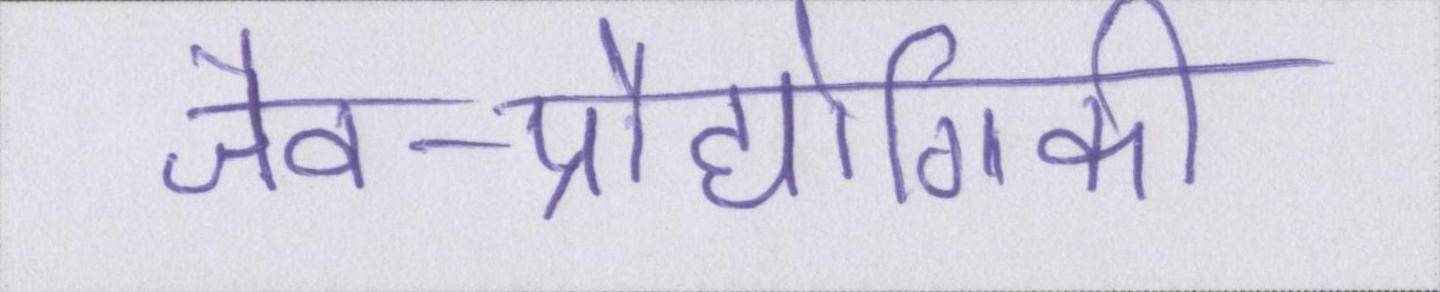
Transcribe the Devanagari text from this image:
जैव-प्रौद्योगिकी